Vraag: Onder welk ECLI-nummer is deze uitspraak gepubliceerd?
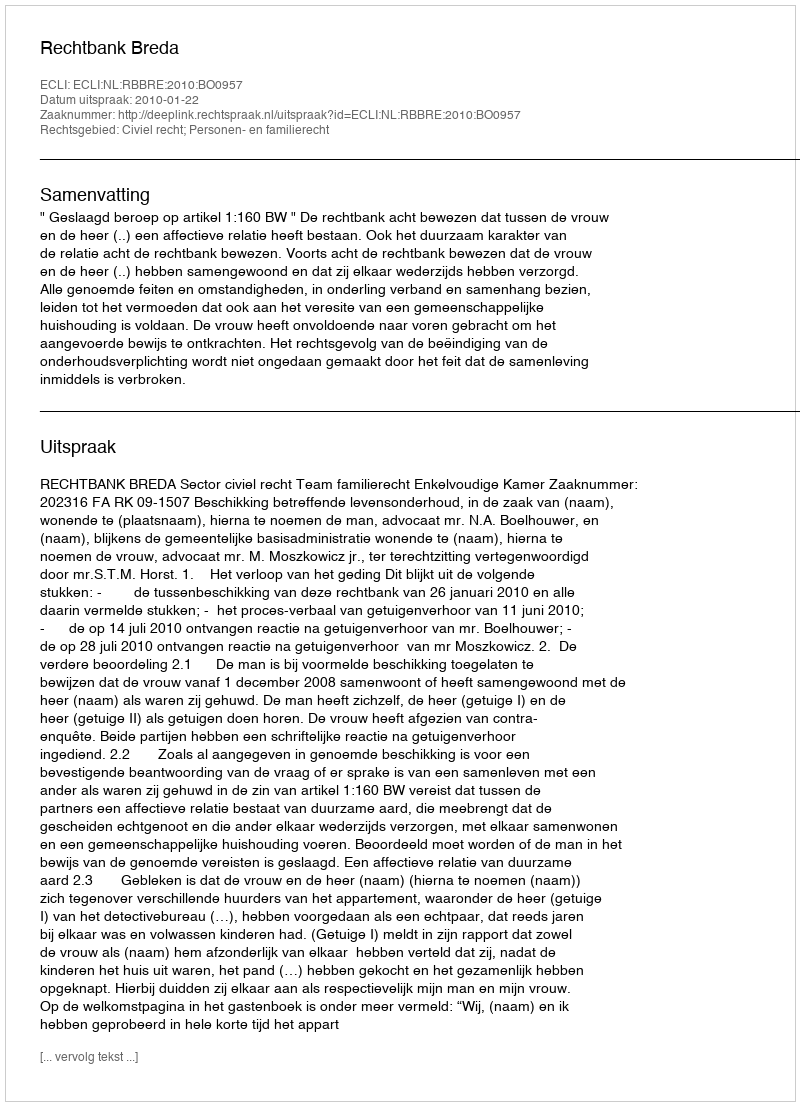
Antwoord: ECLI:NL:RBBRE:2010:BO0957